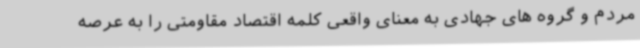
مردم و گروه های جهادی به معنای واقعی کلمه اقتصاد مقاومتی را به عرصه